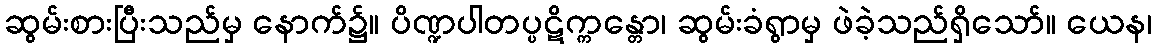
ဆွမ်းစားပြီးသည်မှ နောက်၌။ ပိဏ္ဍပါတပ္ပဋိက္ကန္တော၊ ဆွမ်းခံရွာမှ ဖဲခဲ့သည်ရှိသော်။ ယေန၊